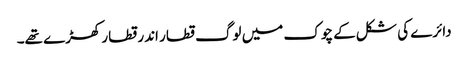
دائرے کی شکل کے چوک میں لوگ قطار اندر قطار کھڑے تھے۔